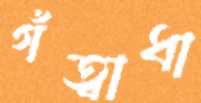
গঁত্বাধা